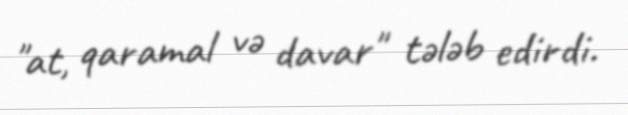
"at, qaramal və davar" tələb edirdi.